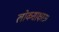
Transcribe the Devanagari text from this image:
लोकसाक्षरता